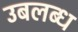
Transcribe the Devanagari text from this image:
उबलब्ध